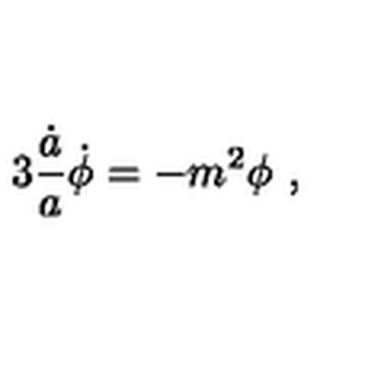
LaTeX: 3 { \frac { \dot { a } } { a } } \dot { \phi } = - { m ^ { 2 } \phi } \ ,